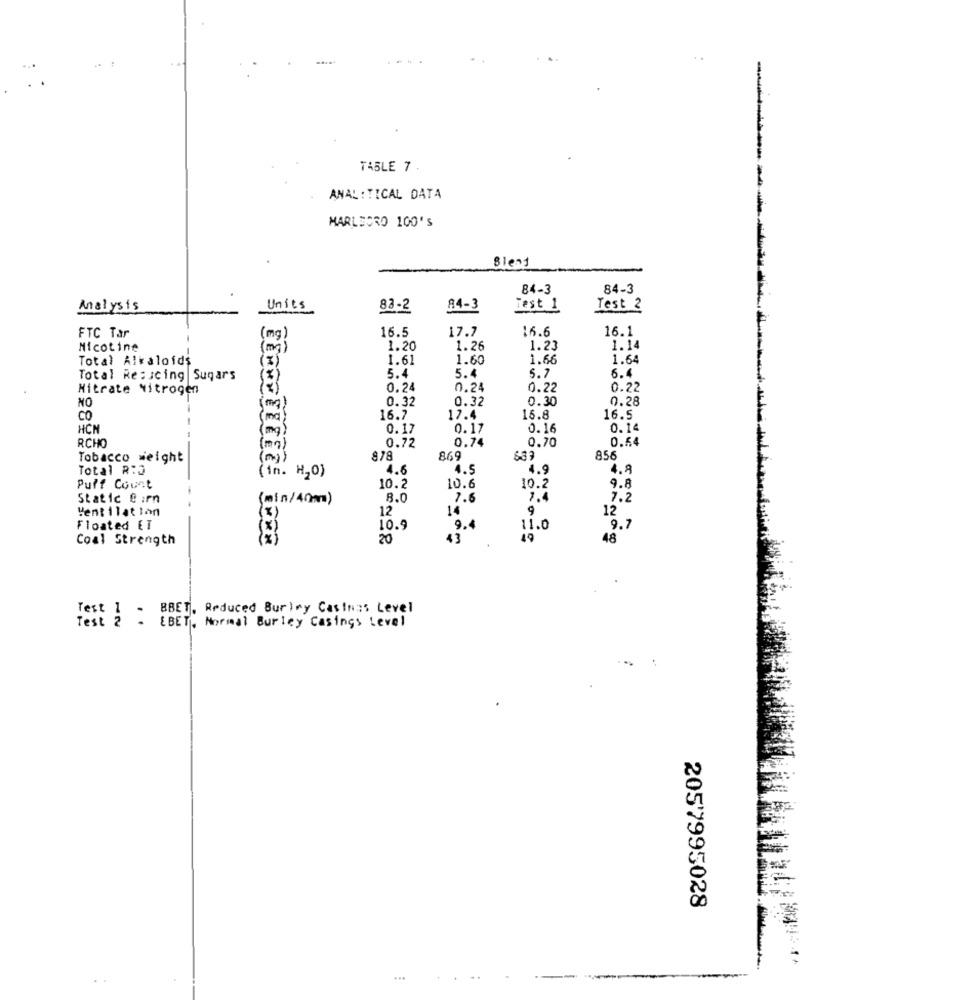
TABLE 7
ANAL : TICAL DATA
MARLBORO 100'S
Bless
84-3
84-3
Analysis
Units
83-2
84-3
jest 1
Test
FTC Tar
16.5
17.7
16.6
16.1
[mg)
Nicotine
(mg)
1.20
1.26
1.23
1.14
Total Alkaloids
1.61
1.60
1.66
1.64
(I)
Total Resicing Sugars
5.4
5.4
5.7
6.4
Nitrate Nitrogen
0.24
0.24
0.22
0.22
0.32
0.32
0.30
0.28
NO
CO
(mail
16.7
17.4
16.8
16.5
HCN
(mg)
0.17
0.17
0.16
0.14
RCHO
0.54
(mn)
0.72
0.74
0.70
Tobacco weight
(m)
878
869
856
Total R:D
4.6
4.5
4.9
4.9
(in. H20)
Puff Count
10.2
10.6
10.2
9.8
Static & :rn
(min/40m)
8.0
7.6
1.4
7.2
Ventilation
12
14
9
12
(%)
Floated ET
10.9
9.4
11.0
9.7
Coal Strength
20
43
48
Test 1 - BBET, Reduced Burimy Castas Level
Test 2
EBET. Normal Burley Casings Level
2057995028
...